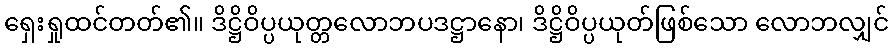
ရှေးရှုထင်တတ်၏။ ဒိဋ္ဌိဝိပ္ပယုတ္တလောဘပဒဋ္ဌာနော၊ ဒိဋ္ဌိဝိပ္ပယုတ်ဖြစ်သော လောဘလျှင်